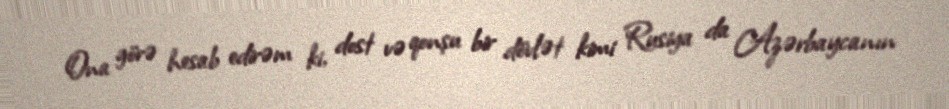
Ona görə hesab edirəm ki, dost və qonşu bir dövlət kimi Rusiya da Azərbaycanın